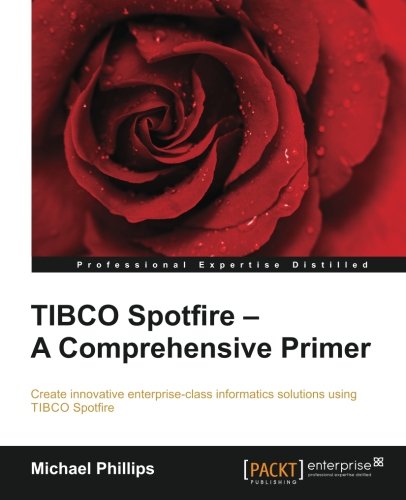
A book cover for TIBCO Spotfire: A Comprehensive Primer; Michael Phillips; Computers & Technology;